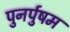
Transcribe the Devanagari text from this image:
पुनर्पुषम